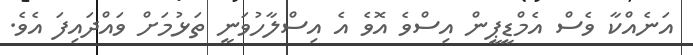
އަނެއްކާ ވެސް އެމްޑީޕީން އިސްވެ އޮވެ އެ އިސްލާހުވަނީ ތަޅުމަށް ވައްދައިފަ އެވެ.